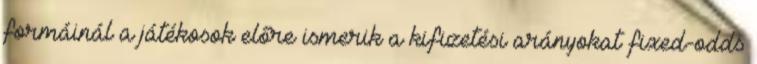
formáinál a játékosok előre ismerik a kifizetési arányokat fixed-odds